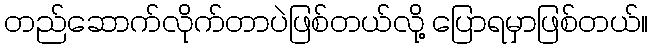
တည်ဆောက်လိုက်တာပဲဖြစ်တယ်လို့ ပြောရမှာဖြစ်တယ်။